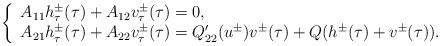
LaTeX: \begin{align*} \left\{\begin{array}{ll} A_{11}h^\pm_\tau(\tau)+A_{12}v^\pm_\tau(\tau)=0,\\A_{21}h^\pm_\tau(\tau)+A_{22}v^\pm_\tau(\tau)=Q'_{22}(u^\pm)v^\pm(\tau)+Q(h^\pm(\tau)+v^\pm(\tau)). \end{array}\right.\end{align*}